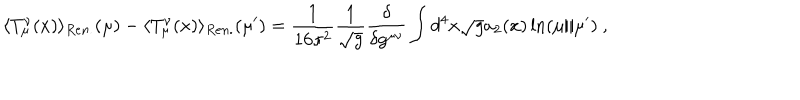
\langle T _ { \mu } ^ { \nu } ( x ) \rangle _ { R e n . } ( \mu ) - \langle T _ { \mu } ^ { \nu } ( x ) \rangle _ { R e n . } ( \mu ^ { \prime } ) = \frac 1 { 1 6 \pi ^ { 2 } } \frac 1 { \sqrt { g } } \frac { \delta } { \delta g ^ { \mu \nu } } \int d ^ { 4 } x \sqrt { g } a _ { 2 } ( x ) \ln ( \mu / \mu ^ { \prime } ) \ ,